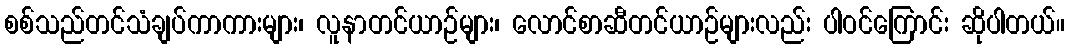
စစ်သည်တင်သံချပ်ကာကားများ၊ လူနာတင်ယာဉ်များ၊ လောင်စာဆီတင်ယာဉ်များလည်း ပါဝင်ကြောင်း ဆိုပါတယ်။